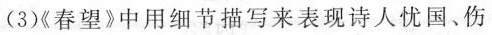
(3)《春望》中用细节描写来表现诗人忧国、伤